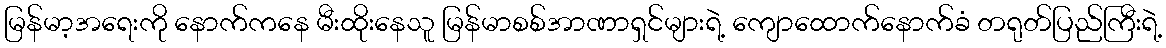
မြန်မာ့အရေးကို နောက်ကနေ မီးထိုးနေသူ မြန်မာစစ်အာဏာရှင်များရဲ့ ကျောထောက်နောက်ခံ တရုတ်ပြည်ကြီးရဲ့